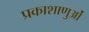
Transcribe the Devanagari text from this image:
प्रकाशाणुओं